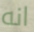
انه